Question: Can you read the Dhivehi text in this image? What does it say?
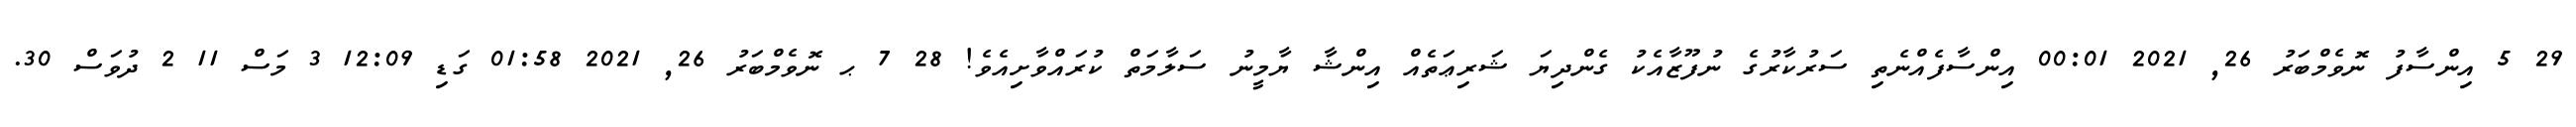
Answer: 29 5 އިންސާފު ނޮވެމްބަރު 26, 2021 00:01 އިންސާފެއްނެތި ސަރުކާރުގެ ނުފޫޒާއެކު ގެންދިޔަ ޝަރިޢަތެއް އިންޝާ ޔާމީނު ސަލާމަތް ކުރައްވާށިއެވެ! 28 7 ޙ ނޮވެމްބަރު 26, 2021 01:58 ގަޑި 12:09 3 މަސް 11 2 ދުވަސް 30.